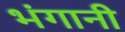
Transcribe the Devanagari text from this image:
भंगानी